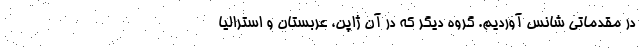
در مقدماتی شانس آوردیم. گروه دیگر که در آن ژاپن، عربستان و استرالیا